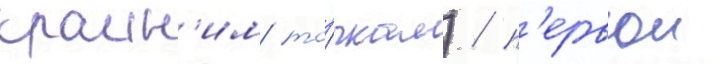
краин'им то́чкам) / п'ервои